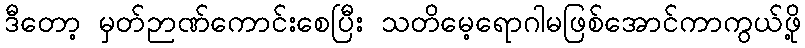
ဒီတော့ မှတ်ဉာဏ်ကောင်းစေပြီး သတိမေ့ရောဂါမဖြစ်အောင်ကာကွယ်ဖို့